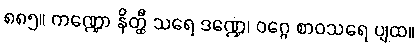
၈၈၅။ ကဏ္ဍော နိတ္ထီ သရေ ဒဏ္ဍေ၊ ဝဂ္ဂေ စာဝသရေ ပျထ။